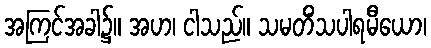
အကြင်အခါ၌။ အဟ၊ ငါသည်။ သမတိံသပါရမီယော၊